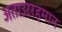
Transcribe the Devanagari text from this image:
अताउररहमान